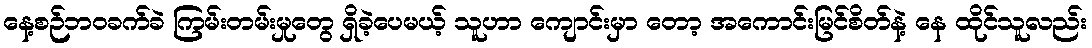
နေ့စဉ်ဘဝခက်ခဲ ကြမ်းတမ်းမှုတွေ ရှိခဲ့ပေမယ့် သူဟာ ကျောင်းမှာ တော့ အကောင်းမြင်စိတ်နဲ့ နေ ထိုင်သူလည်း